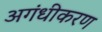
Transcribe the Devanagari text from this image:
अगंधीकरण